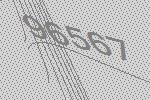
96567